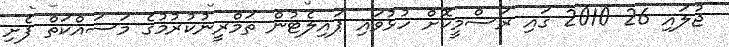
ޖުލައި 26 2010 ގައި ރަސްމީކޮށް ހުޅުވައި ޕައިލެޓުން ތަމްރީނުކުރުމުގެ މަސައްކަތް ފެށި